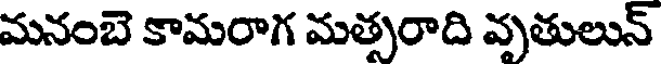
మనంబె కామరాగ మత్సరాది వృతులున్